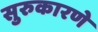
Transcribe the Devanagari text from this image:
सुरुकारणे